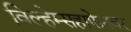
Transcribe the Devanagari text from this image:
विल्हेम्सहाफेनवर